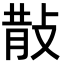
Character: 𭣹